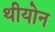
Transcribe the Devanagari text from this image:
थीयोन